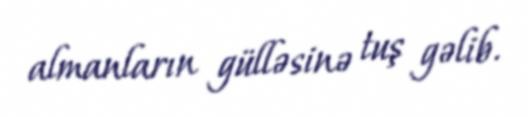
almanların gülləsinə tuş gəlib.